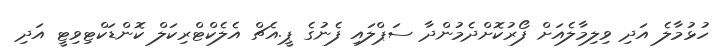
ހުޅުމާލެ އަދި ވިލިމާލެއަށް ފޯރުކޮށްދެމުންދާ ސަޕްލައި ފެނުގެ ޕީ.އެޗް އެލެކްޓްރިކަލް ކޮންޑަކްޓިވިޓީ އަދި